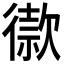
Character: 𢕫